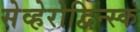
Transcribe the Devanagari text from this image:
सेव्हेरोद्विन्स्क